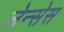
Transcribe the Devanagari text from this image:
लेन्सेस